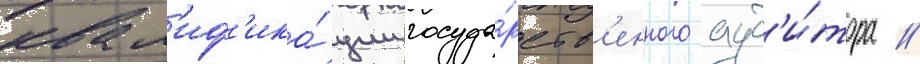
квал'иф'ика́ции госуда́рств'енного ауд'и́тора //